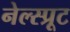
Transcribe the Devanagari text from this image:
नेल्स्प्रूट